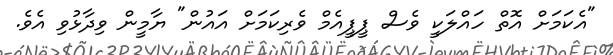
"އެކަމަށް އޮތް ހައްލަކީ ވެސް ޕީޕީއެމް ވެރިކަމަށް އައުން" ޔާމީން ވިދާޅުވި އެވެ.